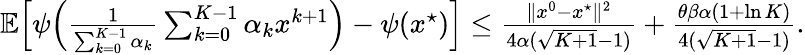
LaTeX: \begin{array}{r}{\mathbb{E}\Big[\psi\Big(\frac{1}{\sum_{k=0}^{K-1}\alpha_{k}}\sum_{k=0}^{K-1}\alpha_{k}x^{k+1}\Big)-\psi(x^{\star})\Big]\leq\frac{\| x^{0}-x^{\star}\| ^{2}}{4\alpha(\sqrt{K+1}-1)}+\frac{\theta\beta\alpha(1+\ln K)}{4(\sqrt{K+1}-1)}.}\end{array}